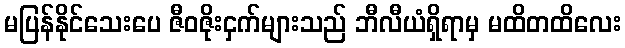
မပြန်နိုင်သေးပေ ဇီဝဇိုးငှက်များသည် ဘီလီယံရှိရာမှ မထိတထိလေး